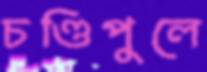
চণ্ডিপুলে